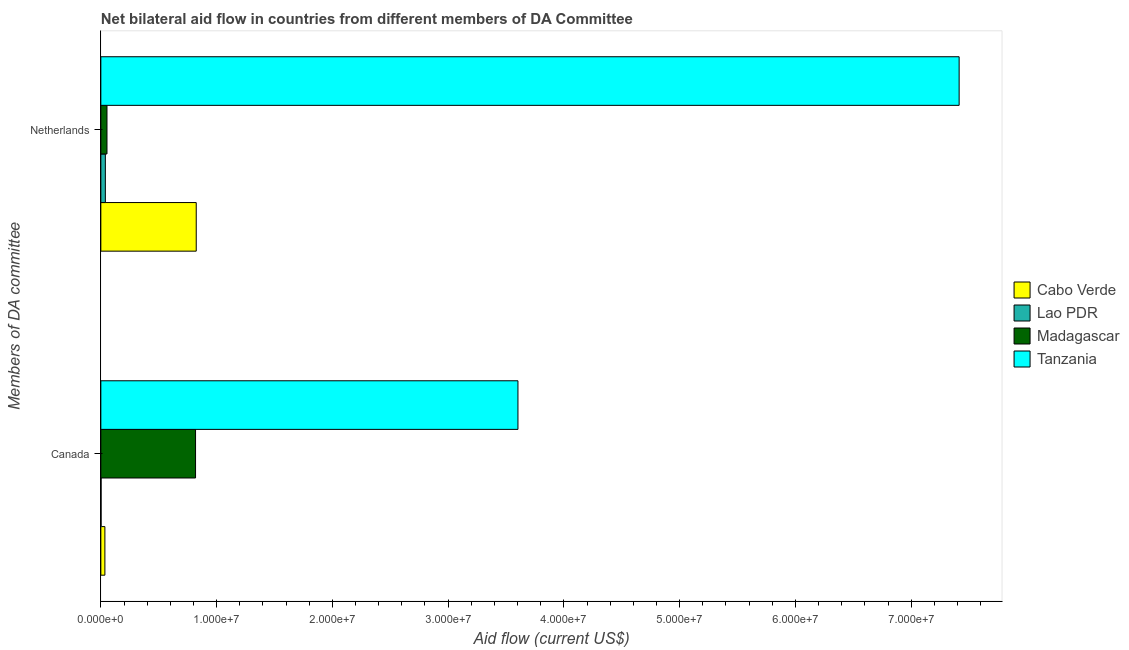
| Members of DA committee | Cabo Verde | Lao PDR | Madagascar | Tanzania |
 | --- | --- | --- | --- | --- |
 | Canada | 3.5e+05 | 2e+04 | 8.18e+06 | 3.6e+07 |
 | Netherlands | 8.24e+06 | 3.9e+05 | 5.3e+05 | 7.41e+07 |